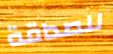
للصداقة